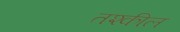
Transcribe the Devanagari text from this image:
तश्कील